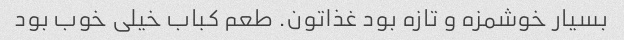
بسیار خوشمزه و تازه بود غذاتون. طعم کباب خیلی خوب بود